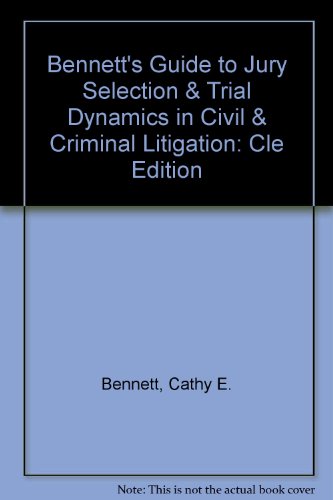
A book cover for Bennett's Guide to Jury Selection & Trial Dynamics in Civil & Criminal Litigation: Cle Edition; Cathy E. Bennett; Law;